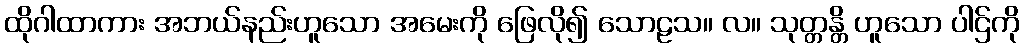
ထိုဂါထာကား အဘယ်နည်းဟူသော အမေးကို ဖြေလို၍ သောဠသ။ လ။ သုတ္တန္တိ ဟူသော ပါဌ်ကို